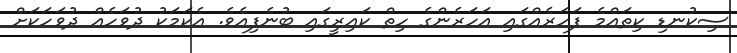
ސިކުނޑި ކިތައްމެ ފަހަރެއްގައި އަހަރެންގެ ހިތް ކައިރީގައި ބުނެފިއެވެ. އެކަމަކު ދުވަހެއް ދުވަހަކަށް